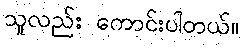
သူလည်း ကောင်းပါတယ်။